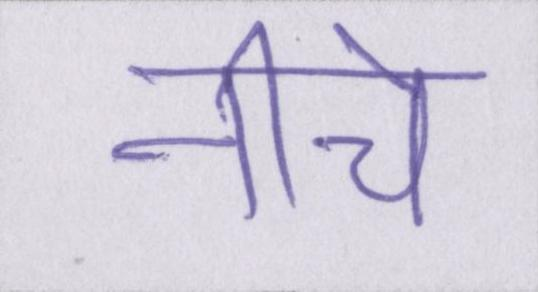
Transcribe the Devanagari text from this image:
नीचे